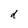
Character: d